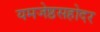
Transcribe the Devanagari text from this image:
यमजेष्ठसहोदर